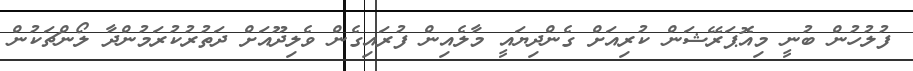
ފުލުހުން ބުނީ މިއޮޕަރޭޝަން ކުރިއަށް ގެންދިޔައީ މާލެއިން ފުރައިގެން ވެލިދޫއަށް ދަތުރުކުރަމުންދާ ލޯންޗަކުން